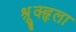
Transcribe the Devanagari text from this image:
श्रूृृक्हृला